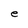
Character: e